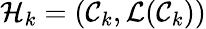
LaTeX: \mathcal{H}_{k}=(\mathcal{C}_{k},\mathcal{L}(\mathcal{C}_{k}))